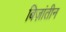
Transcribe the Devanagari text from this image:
बिज़ांतीन